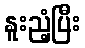
နူးညံ့ပြီး